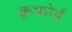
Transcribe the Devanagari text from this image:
क्रफोर्ड